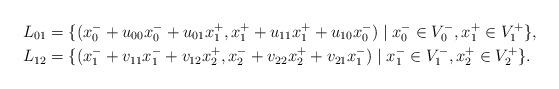
LaTeX: \begin{align*}L_{01} &= \{(x_0^- + u_{00}x_0^- + u_{01} x_1^+, x_1^+ + u_{11}x_1^+ + u_{10}x_0^-) \mid x_0^- \in V_0^-, x_1^+ \in V_1^+\},\\L_{12} &= \{ (x_1^- +v_{11}x_1^- + v_{12} x_2^+, x_2^- + v_{22} x_2^+ + v_{21} x_1^-) \mid x_1^- \in V_1^-, x_2^+ \in V_2^+ \}.\end{align*}